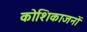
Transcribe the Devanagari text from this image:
कोशिकाजनों